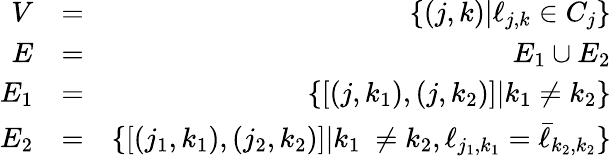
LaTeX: \begin{array}{rlr}{V}&{=}&{\left\{ (j,k)|\ell_{j,k}\in C_{j}\right\} }\\ {E}&{=}&{E_{1}\cup E_{2}}\\ {E_{1}}&{=}&{\left\{ [(j,k_{1}),(j,k_{2})]|k_{1}\neq k_{2}\right\} }\\ {E_{2}}&{=}&{\{ [(j_{1},k_{1}),(j_{2},k_{2})]|k_{1}\ \neq k_{2},\ell_{j_{1},k_{1}}=\bar{\ell}_{k_{2},k_{2}}\} }\end{array}